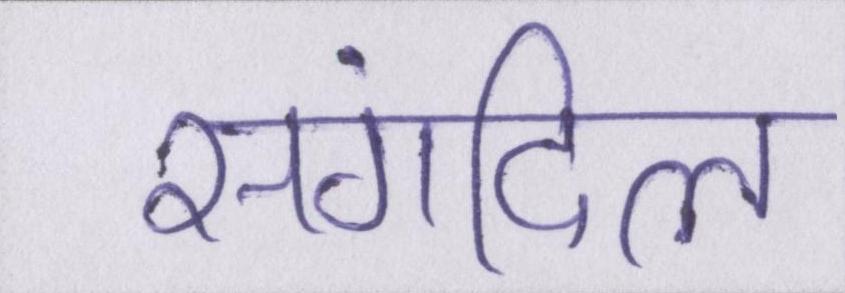
संगदिल